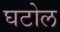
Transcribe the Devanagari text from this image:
घटोल